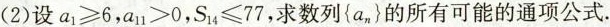
(2)设$$a_{1}\geqslant 6$$，$$a_{11}>0$$，$$S_{14}\leqslant 77$$，求数列\left\{ a_{n} \right\}的所有可能的通项公式.